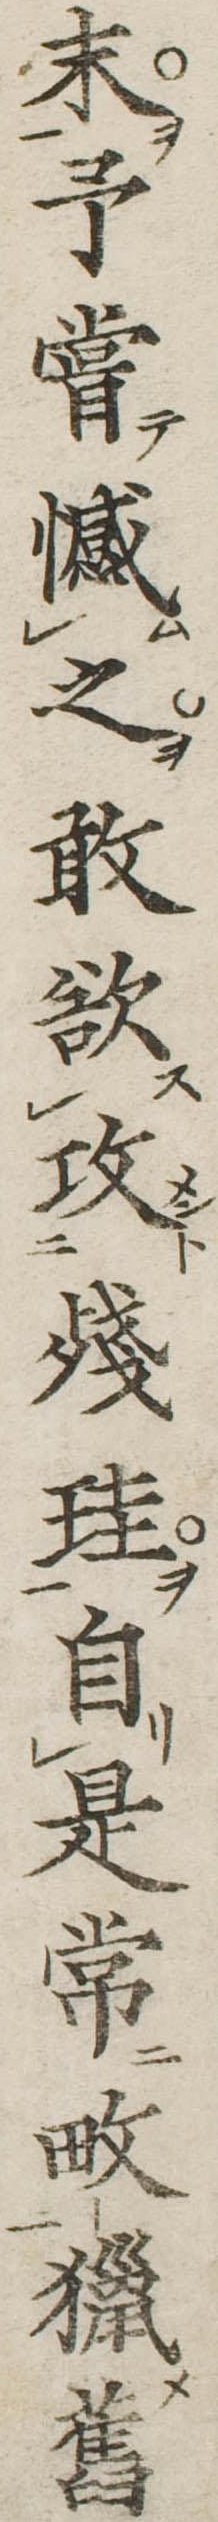
末予嘗憾之敢欲攻残珪自是常畋猟旧